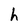
Character: h